Annual report of the Civil Veterinary Department, Bengal, for the year 1897-98 - 1897-1898
Year: 1897
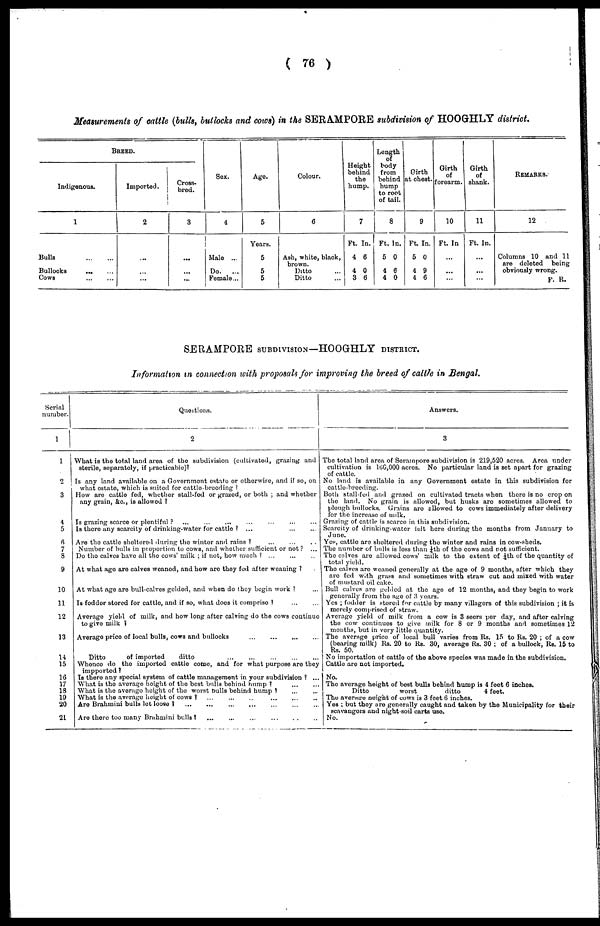
( 76 )
Measurements of cattle (bulls, bullocks and cows) in the SERAMPORE subdivision of HOOGHLY district.
BREED.
Indigenous.
1
Bulls
...
...
Bullocks ... ...
Cows ... ...
Imported.
2
...
...
...
Cross-
bred.
3
...
...
...
Sex.
4
Male ...
Do.
...
Female...
Age.
5
Years.
5
5
5
Colour.
6
Ash, white, black,
brown.
Ditto ...
Ditto ...
Height
behind
the
hump.
7
Ft.
4
4
3
In.
6
0
6
Length
body
from
behid
hump
to root
of tail.
8
Ft.
5
4
4
IN.
0
6
0
Girth
at chest.
9
Ft.
5
4
4
In.
0
9
6
Girth
of
forearm.
10
Ft. In
...
...
...
Girth
of
shank.
11
Ft. In.
...
...
...
REMARKS.
12
Columns 10 and 11
are deleted
being
obviously wrong.
F. R.
SERAMPORE SUBDIVISION—HOOGHLY DISTRICT.
Information in connection with proposals for improving the breed of cattle in Bengal.
Serial
number.
1
2
3
4
5
6
7
3
9
10
11
12
13
14
15
16
17
18
19
20
21
Queations.
What is the total land area of the subdivision (cultivated, grazing and
sterilo, separately, if practicable)?
Is any land available on a Government estate or otherwise, and if so, on
what estate, which is suited for cattle-breeding
How are cattle fed, whether stall-fed or grazed, or both ; and whether
any grain, &c, is allowed ?
Is grazing scarce or plentiful ? ...
...
...
...
...
...
...
Is there any scarcity of drinking-water for cattle ? ... ... ...
Are the cattle sheltered during the winter and rains ?
...
...
...
Number of bulls in proportion to cows, and whether sufficient or not ? ...
Do the calves have all the cows' milk ; if not, how much
...
...
...
At what ago are calves weanod, and how are they fed after weaning ? ...
At what ago are bull-calves gelded, and when do they begin work ? ...
Is foddor stored for cattle, and if so, what does it comprise ? ... ...
Average yield of milk, and how long after calving do the cows continue
to give milk
Average price of local bulls, cows and bullocks
...
...
...
...
Ditto
of imported
ditto ... ... ... ... ...
Whenco do the imported cattle come, and for what purpose are they
impported ?
Is there any special System of cattle management in your subdivision ? ...
What is the average height of the best bulls behind hump ? ... ...
What is the average height of the worst bulls behind hump ? ... ...
What is the average height of cows ? ... ... ... ... ... ...
Are Brahmini bulls lot loose ? ... ... ... ... ... ... ...
Are there too many Brahmini bulls ? ... ... ... ... ... ...
Answers.
3
The total land area of Serampore subdivision is 219,520 acres. Area under
cultivation is 166,000 acres. No particular land is set apart for grazing
of cattle.
No land is available in any Government estate in this subdivision for
cattle-breeding.
Both stall-fed and grazed on cultivated tracts when there is no crop on
the land. No grain is allowod, but husks are sometimes allowed to
plough bullocks. Grains are showed to cows immediately after delivery
for the increase of milk.
Grazing of cattle is scarce in this subdivision.
Scarcity of drinking-water left here during the months from January to
Yes, cattle are sheltered during the winter and rains in cow-sheds.
The number of bulls is less than ¼|th of the cows and not sufficient.
The calves are allowed cows' milk to the extent of ¼th of the quantity of
total yield.
The calves are weaned generally at the ago of 9 months, after which they
are fed with grass and sometimes with straw cut and mixed with water
of mustard oil cake.
Bull calves are gehied at the age of 12 months, and they begin to work
generally from the age of 3 years.
Yes ; fodder is stored for cattle by many villagers of this subdivision ; it is
merely comprised of straw.
Average yield of milk from a cow is 3 seers per day, and after calving
the cow continues to give milk for 8 or 9 months and sometimes 12
months, but in very little quantity.
The average price of local bull varies from Rs. 15 to Rs. 20 ; of a cow
(bearing milk) Rs. 20 to Rs. 30, average Rs. 30 ; of a bullock, Rs. 15 to
No importation of cattle of the above species was made in the subdivision.
Cattle are not imported.
No.
The average height of best bulls behind hump is 4 foot 6 inches.
Ditto
worst
ditto
4 feet.
The average height of cows is 3 feet 6 inches.
Yes ; but they are generally caught and taken by the Municipality for their
scavangors and night-soil carts use.
No.